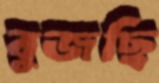
বুজছি